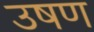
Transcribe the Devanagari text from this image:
उषण